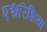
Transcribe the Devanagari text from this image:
एश्चरिशिया